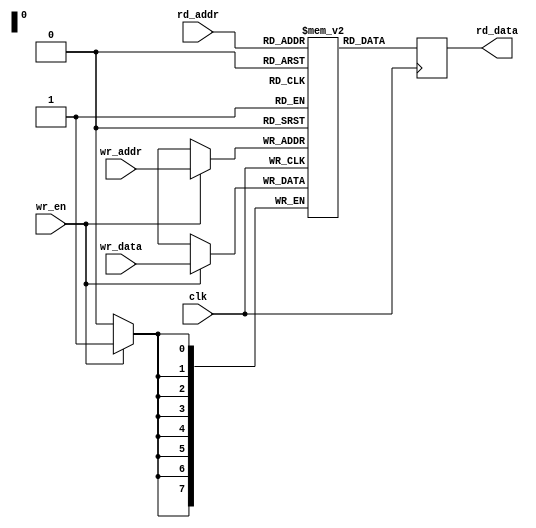

module simple_memory #(parameter DATA_SIZE = 8, ADDR_SIZE = 8)
          (
  input                      clk,
  input      [DATA_SIZE-1:0] wr_data,
  input      [ADDR_SIZE-1:0] wr_addr, 
  input      [ADDR_SIZE-1:0] rd_addr,
  input                      wr_en,
  output reg [DATA_SIZE-1:0] rd_data);


  reg  [DATA_SIZE-1:0] dout;
  reg  [DATA_SIZE-1:0] ram [(1<<ADDR_SIZE) - 1:0];

  always @(posedge clk)
    begin 
      if (wr_en == 1'b1) begin
        ram[wr_addr] <= wr_data;
      end
    end

  always @(posedge clk)
      rd_data <= ram[rd_addr];


endmodule